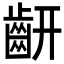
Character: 𪗛